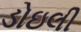
ડોઇલી